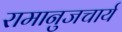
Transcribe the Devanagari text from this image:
रामानुजचार्य